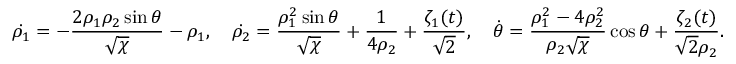
\dot { \rho _ { 1 } } = - \frac { 2 \rho _ { 1 } \rho _ { 2 } \sin \theta } { \sqrt { \chi } } - \rho _ { 1 } , \quad \dot { \rho _ { 2 } } = \frac { \rho _ { 1 } ^ { 2 } \sin \theta } { \sqrt { \chi } } + \frac { 1 } { 4 \rho _ { 2 } } + \frac { \zeta _ { 1 } ( t ) } { \sqrt { 2 } } , \quad \dot { \theta } = \frac { \rho _ { 1 } ^ { 2 } - 4 \rho _ { 2 } ^ { 2 } } { \rho _ { 2 } \sqrt { \chi } } \cos \theta + \frac { \zeta _ { 2 } ( t ) } { \sqrt { 2 } \rho _ { 2 } } .